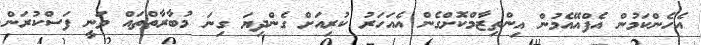
އެހެންކަމުން އެފްއޭއެމުން އިންތިޒާމްކޮށްގެން އެއަހަރު ކުރިއަށް ގެންދިޔަ ގިނަ މުބާރާތްތައް ވަނީ ފަސްކުރަން